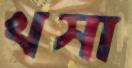
খসা